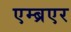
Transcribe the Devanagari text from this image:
एम्ब्रएर